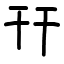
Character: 幵